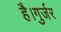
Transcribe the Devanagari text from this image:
है।गुर्जर